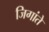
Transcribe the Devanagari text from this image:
जिगांते